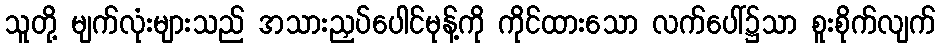
သူတို့ မျက်လုံးများသည် အသားညှပ်ပေါင်မုန့်ကို ကိုင်ထားသော လက်ပေါ်၌သာ စူးစိုက်လျက်